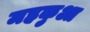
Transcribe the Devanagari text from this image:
महकुआ